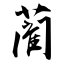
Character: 蔺